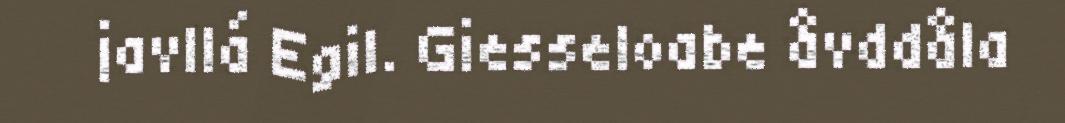
javllá Egil. Giesseloabe åvddåla